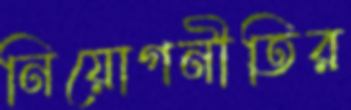
নিয়োগনীতির